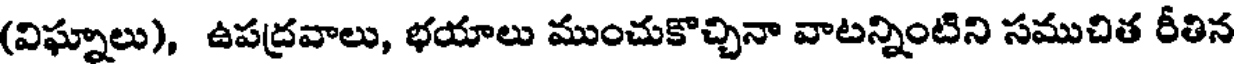
(విఘ్నాలు), ఉపద్రవాలు, భయాలు ముంచుకొచ్చినా వాటన్నింటిని సముచిత రీతిన